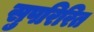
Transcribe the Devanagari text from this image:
सुपरिरित